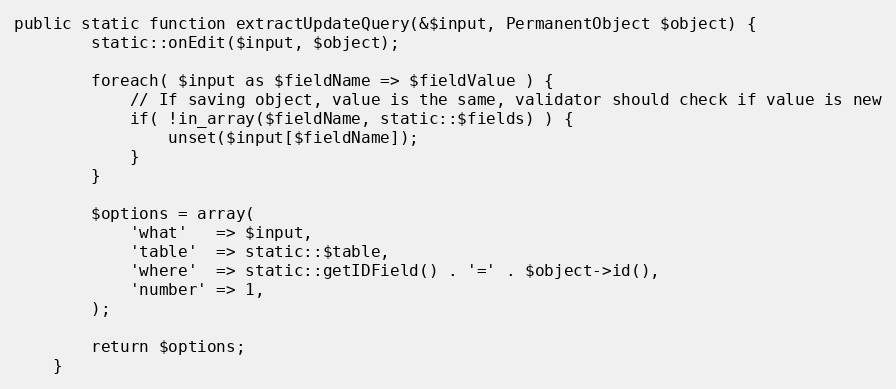
Language: PHP
public static function extractUpdateQuery(&$input, PermanentObject $object) {
		static::onEdit($input, $object);

		foreach( $input as $fieldName => $fieldValue ) {
			// If saving object, value is the same, validator should check if value is new
			if( !in_array($fieldName, static::$fields) ) {
				unset($input[$fieldName]);
			}
		}

		$options = array(
			'what'   => $input,
			'table'  => static::$table,
			'where'  => static::getIDField() . '=' . $object->id(),
			'number' => 1,
		);

		return $options;
	}